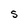
Character: S